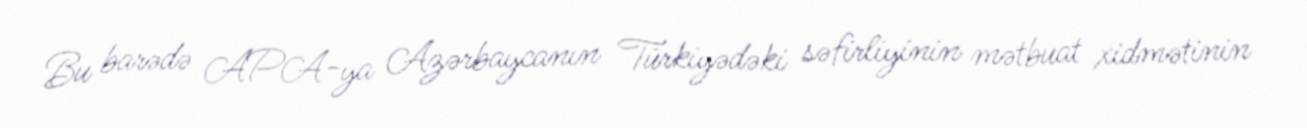
Bu barədə APA-ya Azərbaycanın Türkiyədəki səfirliyinin mətbuat xidmətinin